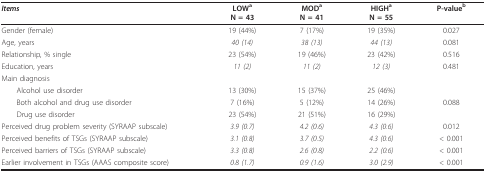
| Items | LOWaN = 43 | MODaN = 41 | HIGHaN = 55 | P-valueb |
 | --- | --- | --- | --- | --- |
 | Gender (female) | 19 (44%) | 7 (17%) | 19 (35%) | 0.027 |
 | Age, years | 40 (14) | 38 (13) | 44 (13) | 0.081 |
 | Relationship, % single | 23 (54%) | 19 (46%) | 23 (42%) | 0.516 |
 | Education, years | 11 (2) | 11 (2) | 12 (3) | 0.481 |
 | Main diagnosis |  |  |  |  |
 | Alcohol use disorder | 13 (30%) | 15 (37%) | 25 (46%) |  |
 | Both alcohol and drug use disorder | 7 (16%) | 5 (12%) | 14 (26%) | 0.088 |
 | Drug use disorder | 23 (54%) | 21 (51%) | 16 (29%) |  |
 | Perceived drug problem severity (SYRAAP subscale) | 3.9 (0.7) | 4.2 (0.6) | 4.3 (0.6) | 0.012 |
 | Perceived benefits of TSGs (SYRAAP subscale) | 3.1 (0.8) | 3.7 (0.5) | 4.3 (0.6) | < 0.001 |
 | Perceived barriers of TSGs (SYRAAP subscale) | 3.3 (0.8) | 2.6 (0.8) | 2.2 (0.6) | < 0.001 |
 | Earlier involvement in TSGs (AAAS composite score) | 0.8 (1.7) | 0.9 (1.6) | 3.0 (2.9) | < 0.001 |